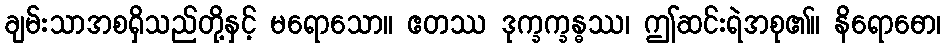
ချမ်းသာအစရှိသည်တို့နှင့် မရောသော။ ဧတဿ ဒုက္ခက္ခန္ဓဿ၊ ဤဆင်းရဲအစု၏။ နိရောဓော၊